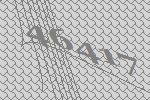
46417